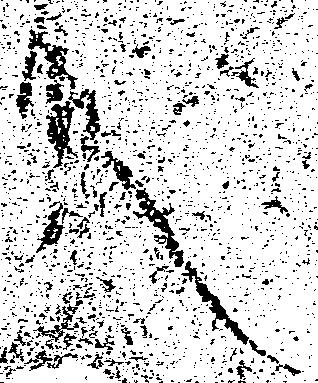
殿